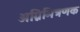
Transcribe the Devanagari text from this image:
अग्निमित्रणक